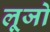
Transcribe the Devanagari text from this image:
लूजो